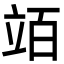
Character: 竡